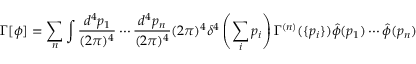
\Gamma [ \phi ] = \sum _ { n } \int \frac { d ^ { 4 } p _ { 1 } } { ( 2 \pi ) ^ { 4 } } \cdots \frac { d ^ { 4 } p _ { n } } { ( 2 \pi ) ^ { 4 } } ( 2 \pi ) ^ { 4 } \delta ^ { 4 } \left( \sum _ { i } p _ { i } \right) \Gamma ^ { ( n ) } ( \{ p _ { i } \} ) \hat { \phi } ( p _ { 1 } ) \cdots \hat { \phi } ( p _ { n } )